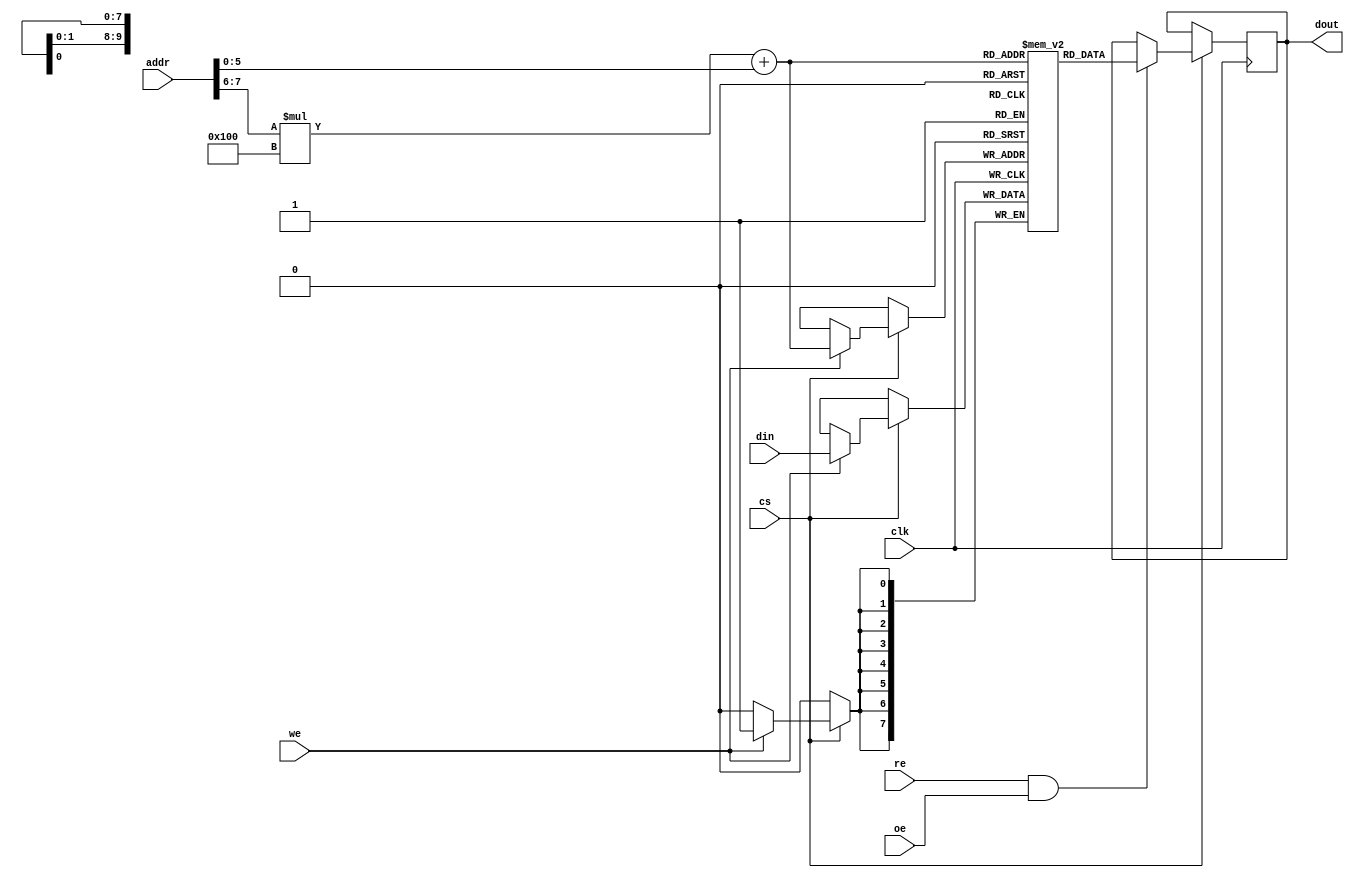
module multi_bank_sram #(
    parameter NUM_BANKS = 4,       // Number of banks
    parameter BANK_SIZE = 256,      // Size of each bank (in words)
    parameter ADDR_WIDTH = 8,       // Total address width
    parameter DATA_WIDTH = 8         // Data width
)(
    input wire clk,                  // Clock signal
    input wire cs,                   // Chip Select
    input wire re,                   // Read Enable
    input wire we,                   // Write Enable
    input wire oe,                   // Output Enable
    input wire [ADDR_WIDTH-1:0] addr, // Address input
    input wire [DATA_WIDTH-1:0] din, // Data input
    output reg [DATA_WIDTH-1:0] dout // Data output
);

    // Calculate bank address and word address
    localparam BANK_ADDR_WIDTH = $clog2(NUM_BANKS);
    localparam WORD_ADDR_WIDTH = ADDR_WIDTH - BANK_ADDR_WIDTH;

    // Memory banks
    reg [DATA_WIDTH-1:0] memory [0:NUM_BANKS-1][0:BANK_SIZE-1];

    // Address decoding
    wire [BANK_ADDR_WIDTH-1:0] bank_addr;
    wire [WORD_ADDR_WIDTH-1:0] word_addr;

    assign bank_addr = addr[ADDR_WIDTH-1:ADDR_WIDTH-BANK_ADDR_WIDTH];
    assign word_addr = addr[WORD_ADDR_WIDTH-1:0];

    always @(posedge clk) begin
        if (cs) begin
            if (we) begin
                // Write operation
                memory[bank_addr][word_addr] <= din;
            end
            if (re && oe) begin
                // Read operation
                dout <= memory[bank_addr][word_addr];
            end
        end
    end

endmodule